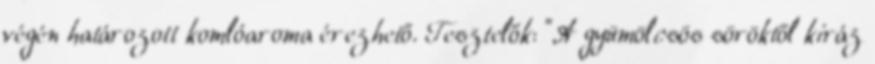
végén határozott komlóaroma érezhető. Tesztelők: "A gyümölcsös söröktől kiráz